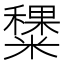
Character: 䊬